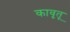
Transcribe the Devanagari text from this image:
कावृतू